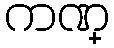
ကဏ္